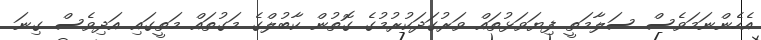
އެހެންނަމަވެސް ސަލާމަތީ ފިޔަވަޅުތައް ވަރުގަދަކުރުމުގެ ގޮތުން ކާބުލްގެ މަގުތައް މަތީގައި އަދިވެސް ގިނަ